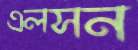
এলসন